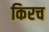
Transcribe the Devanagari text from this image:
किरच